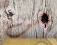
آسف